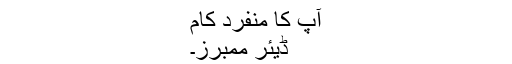
آپ کا منفرد کام
ڈیئر ممبرز۔